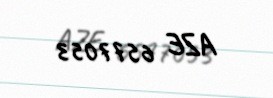
AZE 6577053